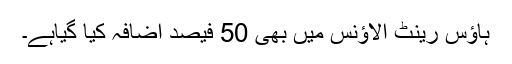
ہاؤس رینٹ الاؤنس میں بھی 50 فیصد اضافہ کیا گیاہے۔